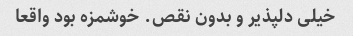
خیلی دلپذیر و بدون نقص. خوشمزه بود واقعا